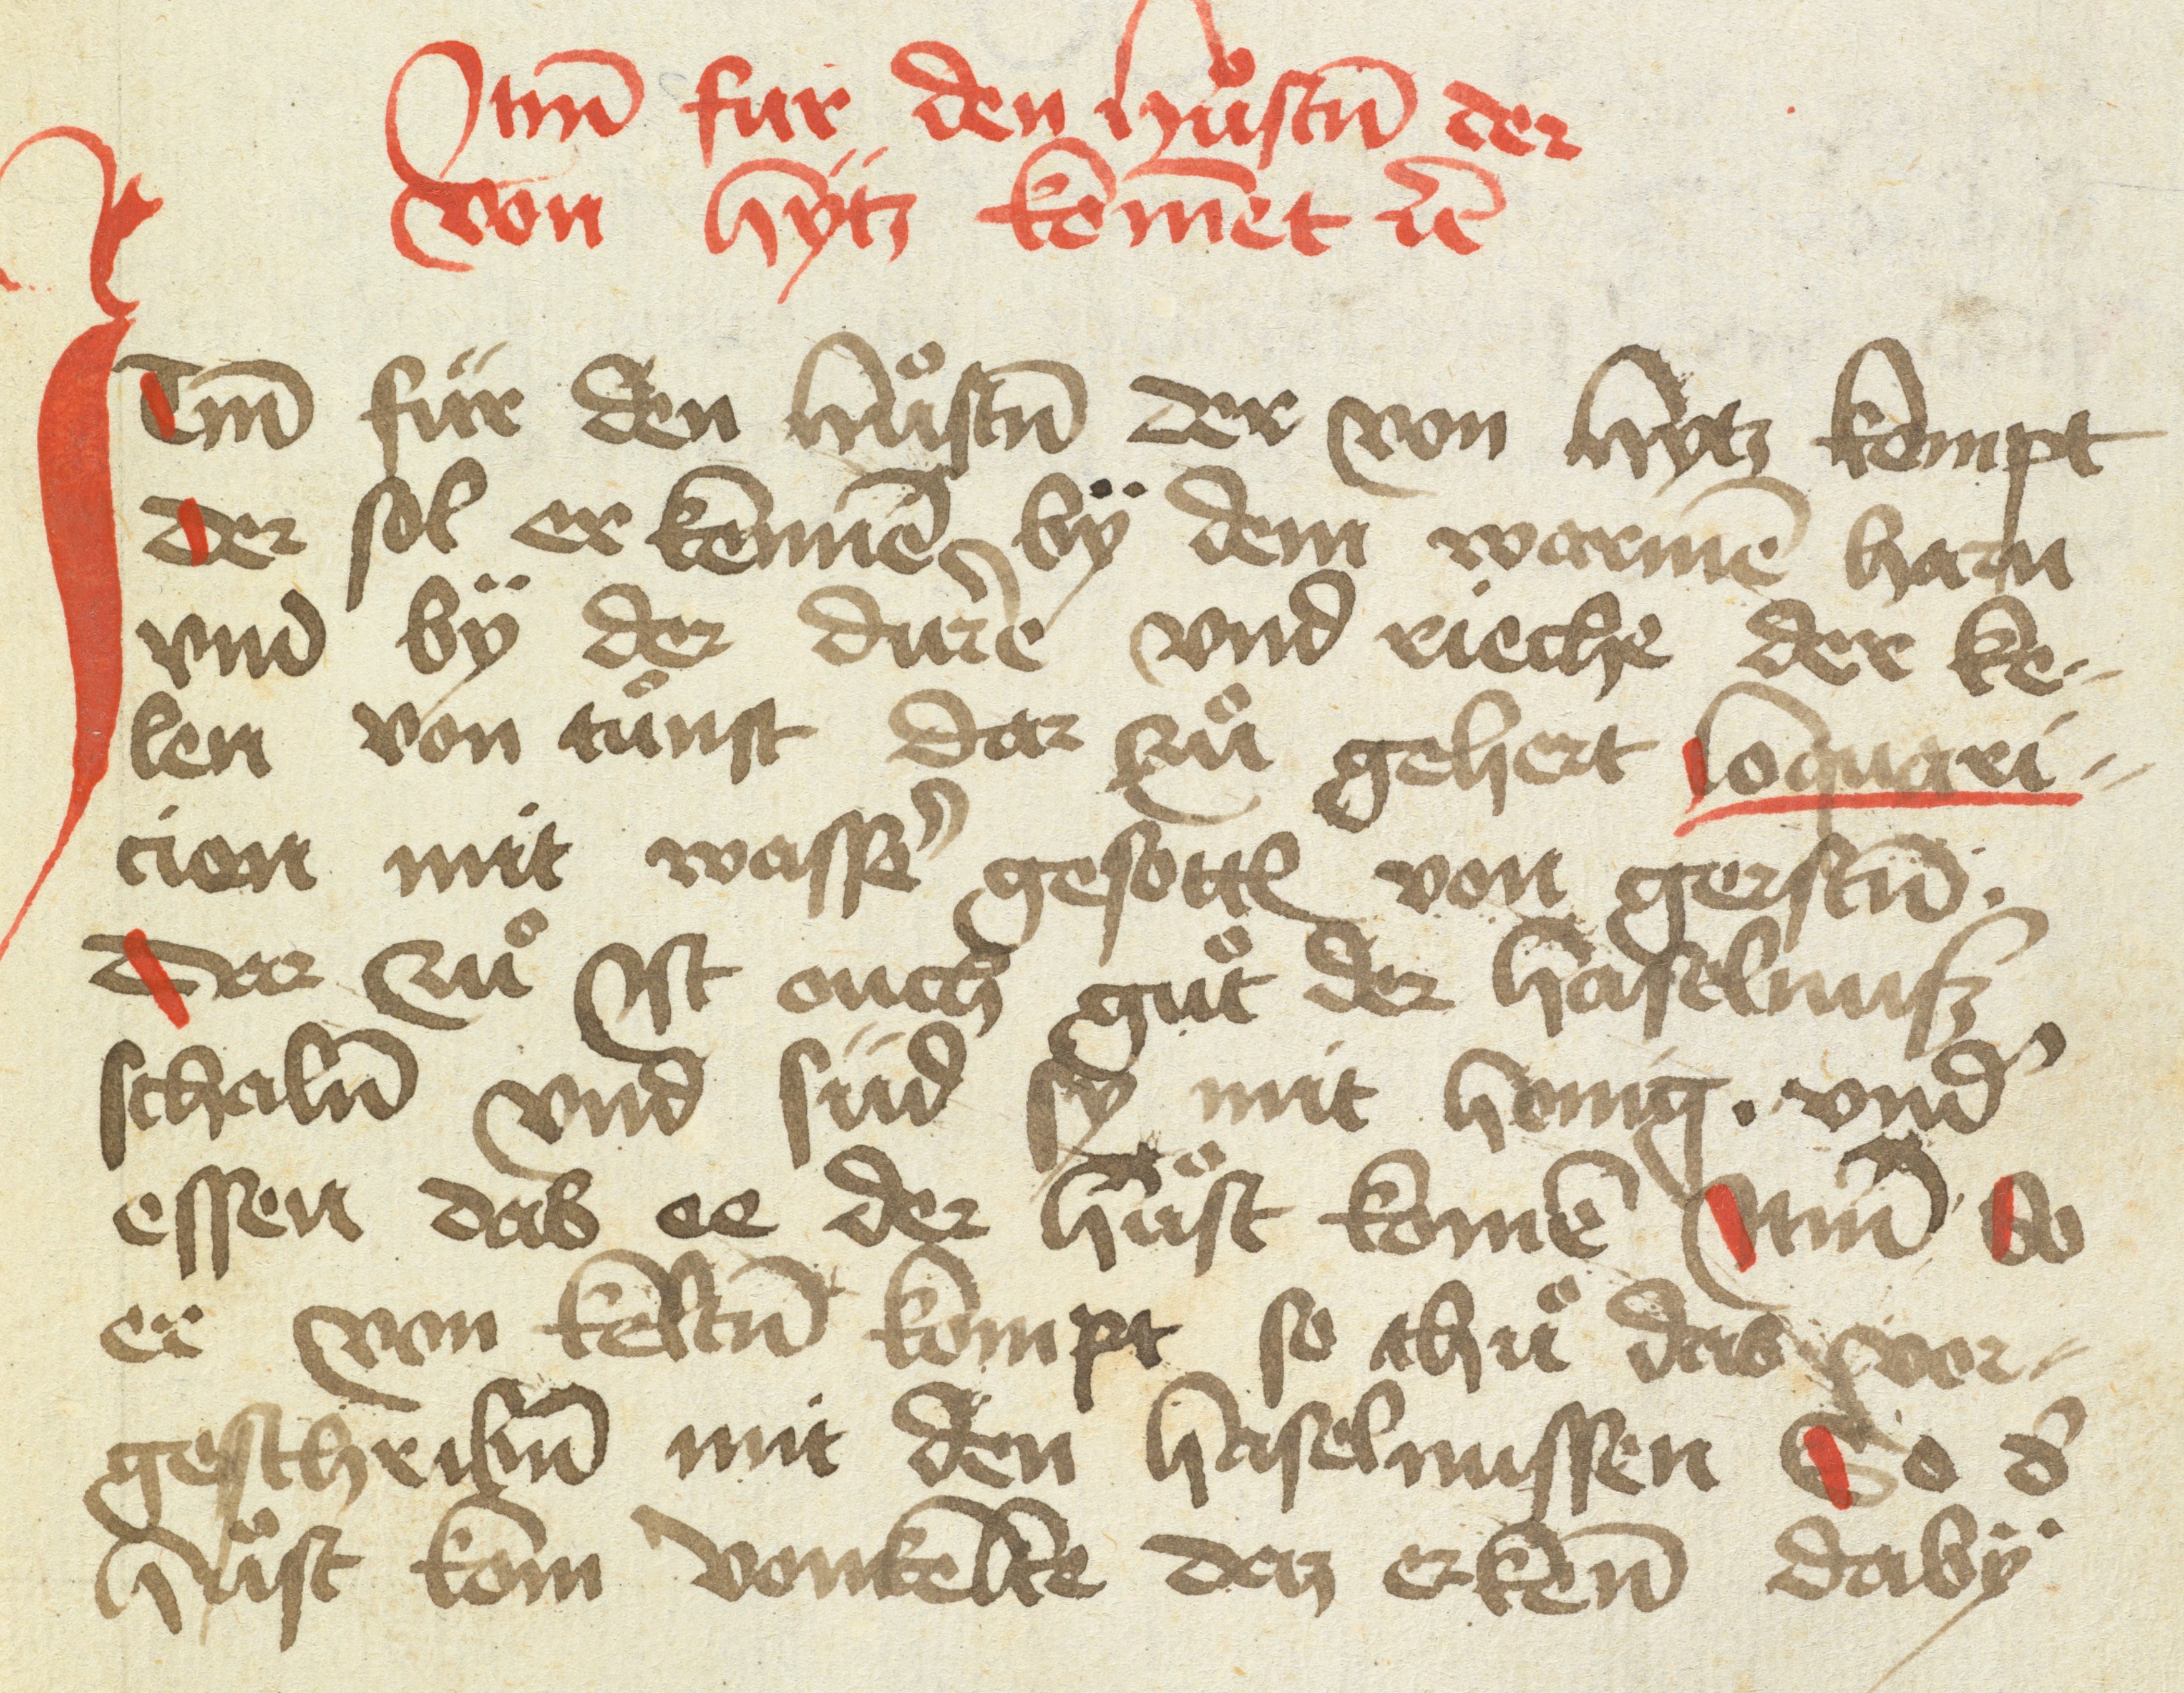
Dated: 1475–1499